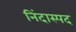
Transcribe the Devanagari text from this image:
निंदास्पद